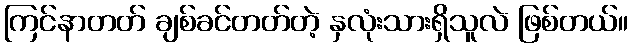
ကြင်နာတတ် ချစ်ခင်တတ်တဲ့ နှလုံးသားရှိသူလဲ ဖြစ်တယ်။